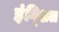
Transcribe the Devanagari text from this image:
इंग्शिल